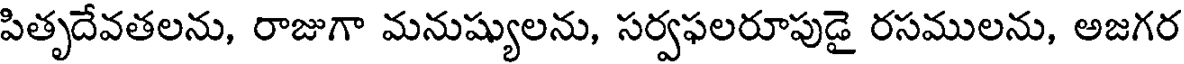
పితృదేవతలను, రాజుగా మనుష్యులను, సర్వఫలరూపుడై రసములను, అజగర